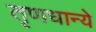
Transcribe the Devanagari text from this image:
तृणधान्ये